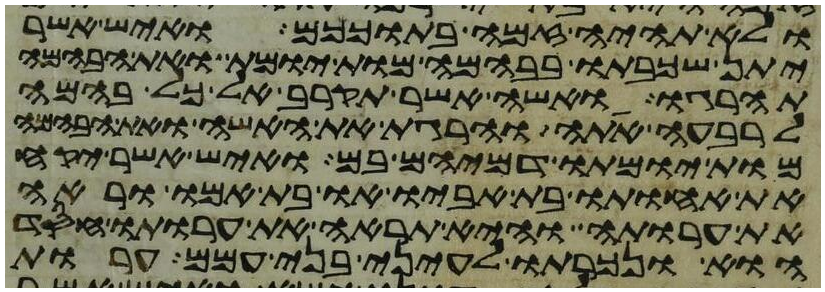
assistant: ולא תהיה זמה בתוככם ואיש אשר
יתן שכבתו בבהמה מות יומת ואת הבהמה
תהרגו ואשה אשר תקרב אל כל בהמה
לרבעה אתה והרגת את האשה ואת הבהמה
מות יומתו דמיהם בם ואיש אשר יקח
את אחותו בת אביו או בת אמו וראה
את ערותה והיא תראה את ערותו חסד
הוא ונכרתו לעיני בני עמם ערות